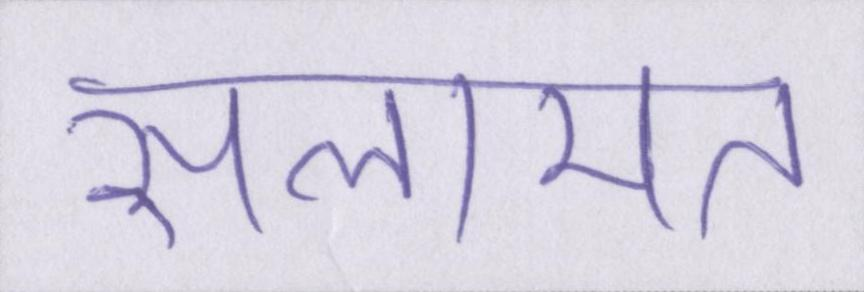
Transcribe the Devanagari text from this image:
सलामत